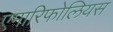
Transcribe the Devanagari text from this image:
एमारिफोलियस